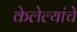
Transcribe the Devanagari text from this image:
केलेल्यांचे